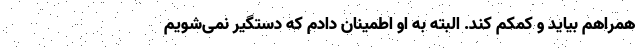
همراهم بیاید و کمکم کند. البته به او اطمینان دادم که دستگیر نمی‌شویم